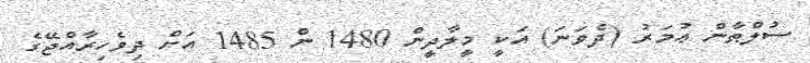
ސުލްޠާން ޢުމަރު (ދެވަނަ) އަކީ މީލާދީން 1480 ން 1485 އަށް ދިވެހިރާއްޖޭގެ